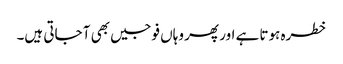
خطرہ ہوتا ہے اور پھر وہاں فوجیں بھی آ جاتی ہیں۔